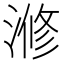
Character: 𣺫